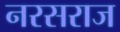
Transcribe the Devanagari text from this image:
नरसराज